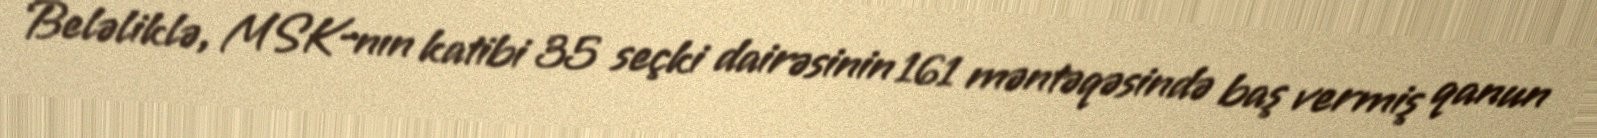
Beləliklə, MSK-nın katibi 35 seçki dairəsinin 161 məntəqəsində baş vermiş qanun